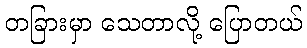
တခြားမှာ သေတာလို့ ပြောတယ်